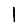
Digit: 1